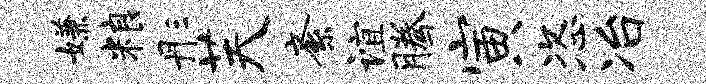
嫌粮彤芙紊谊腾寅恣冶